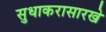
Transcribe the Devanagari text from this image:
सुधाकरासारखे